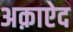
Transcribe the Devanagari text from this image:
अक़ाऐद